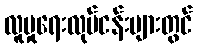
လူမှုရေးလုပ်ငန်းများတွင်